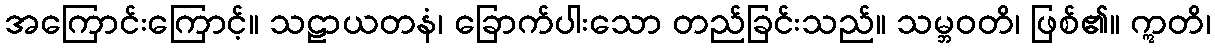
အကြောင်းကြောင့်။ သဠာယတနံ၊ ခြောက်ပါးသော တည်ခြင်းသည်။ သမ္ဘဝတိ၊ ဖြစ်၏။ ဣတိ၊